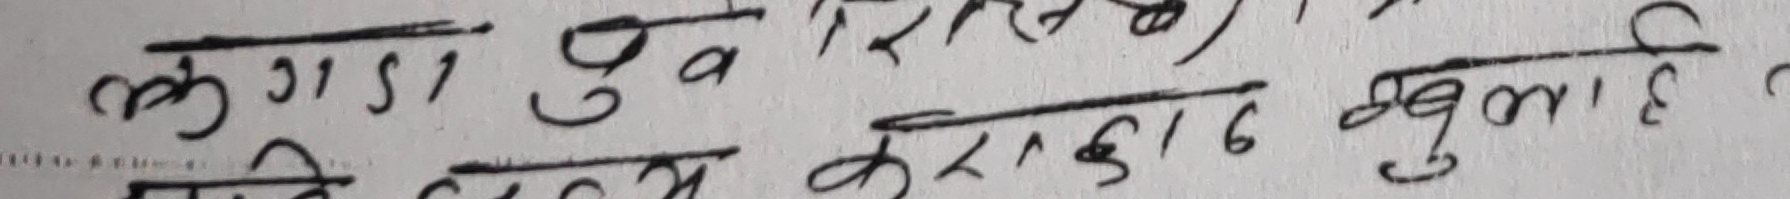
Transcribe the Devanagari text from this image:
लुगडा युव शीर्ष
किताब करक१८ खुला है ?